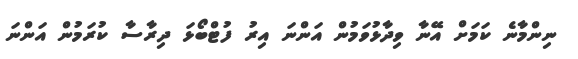
ނިންމާނެ ކަމަށް އޭނާ ވިދާޅުވަމުން އަންނަ އިރު ފުޓްބޯޅަ ދިރާސާ ކުރަމުން އަންނަ